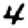
Digit: 4